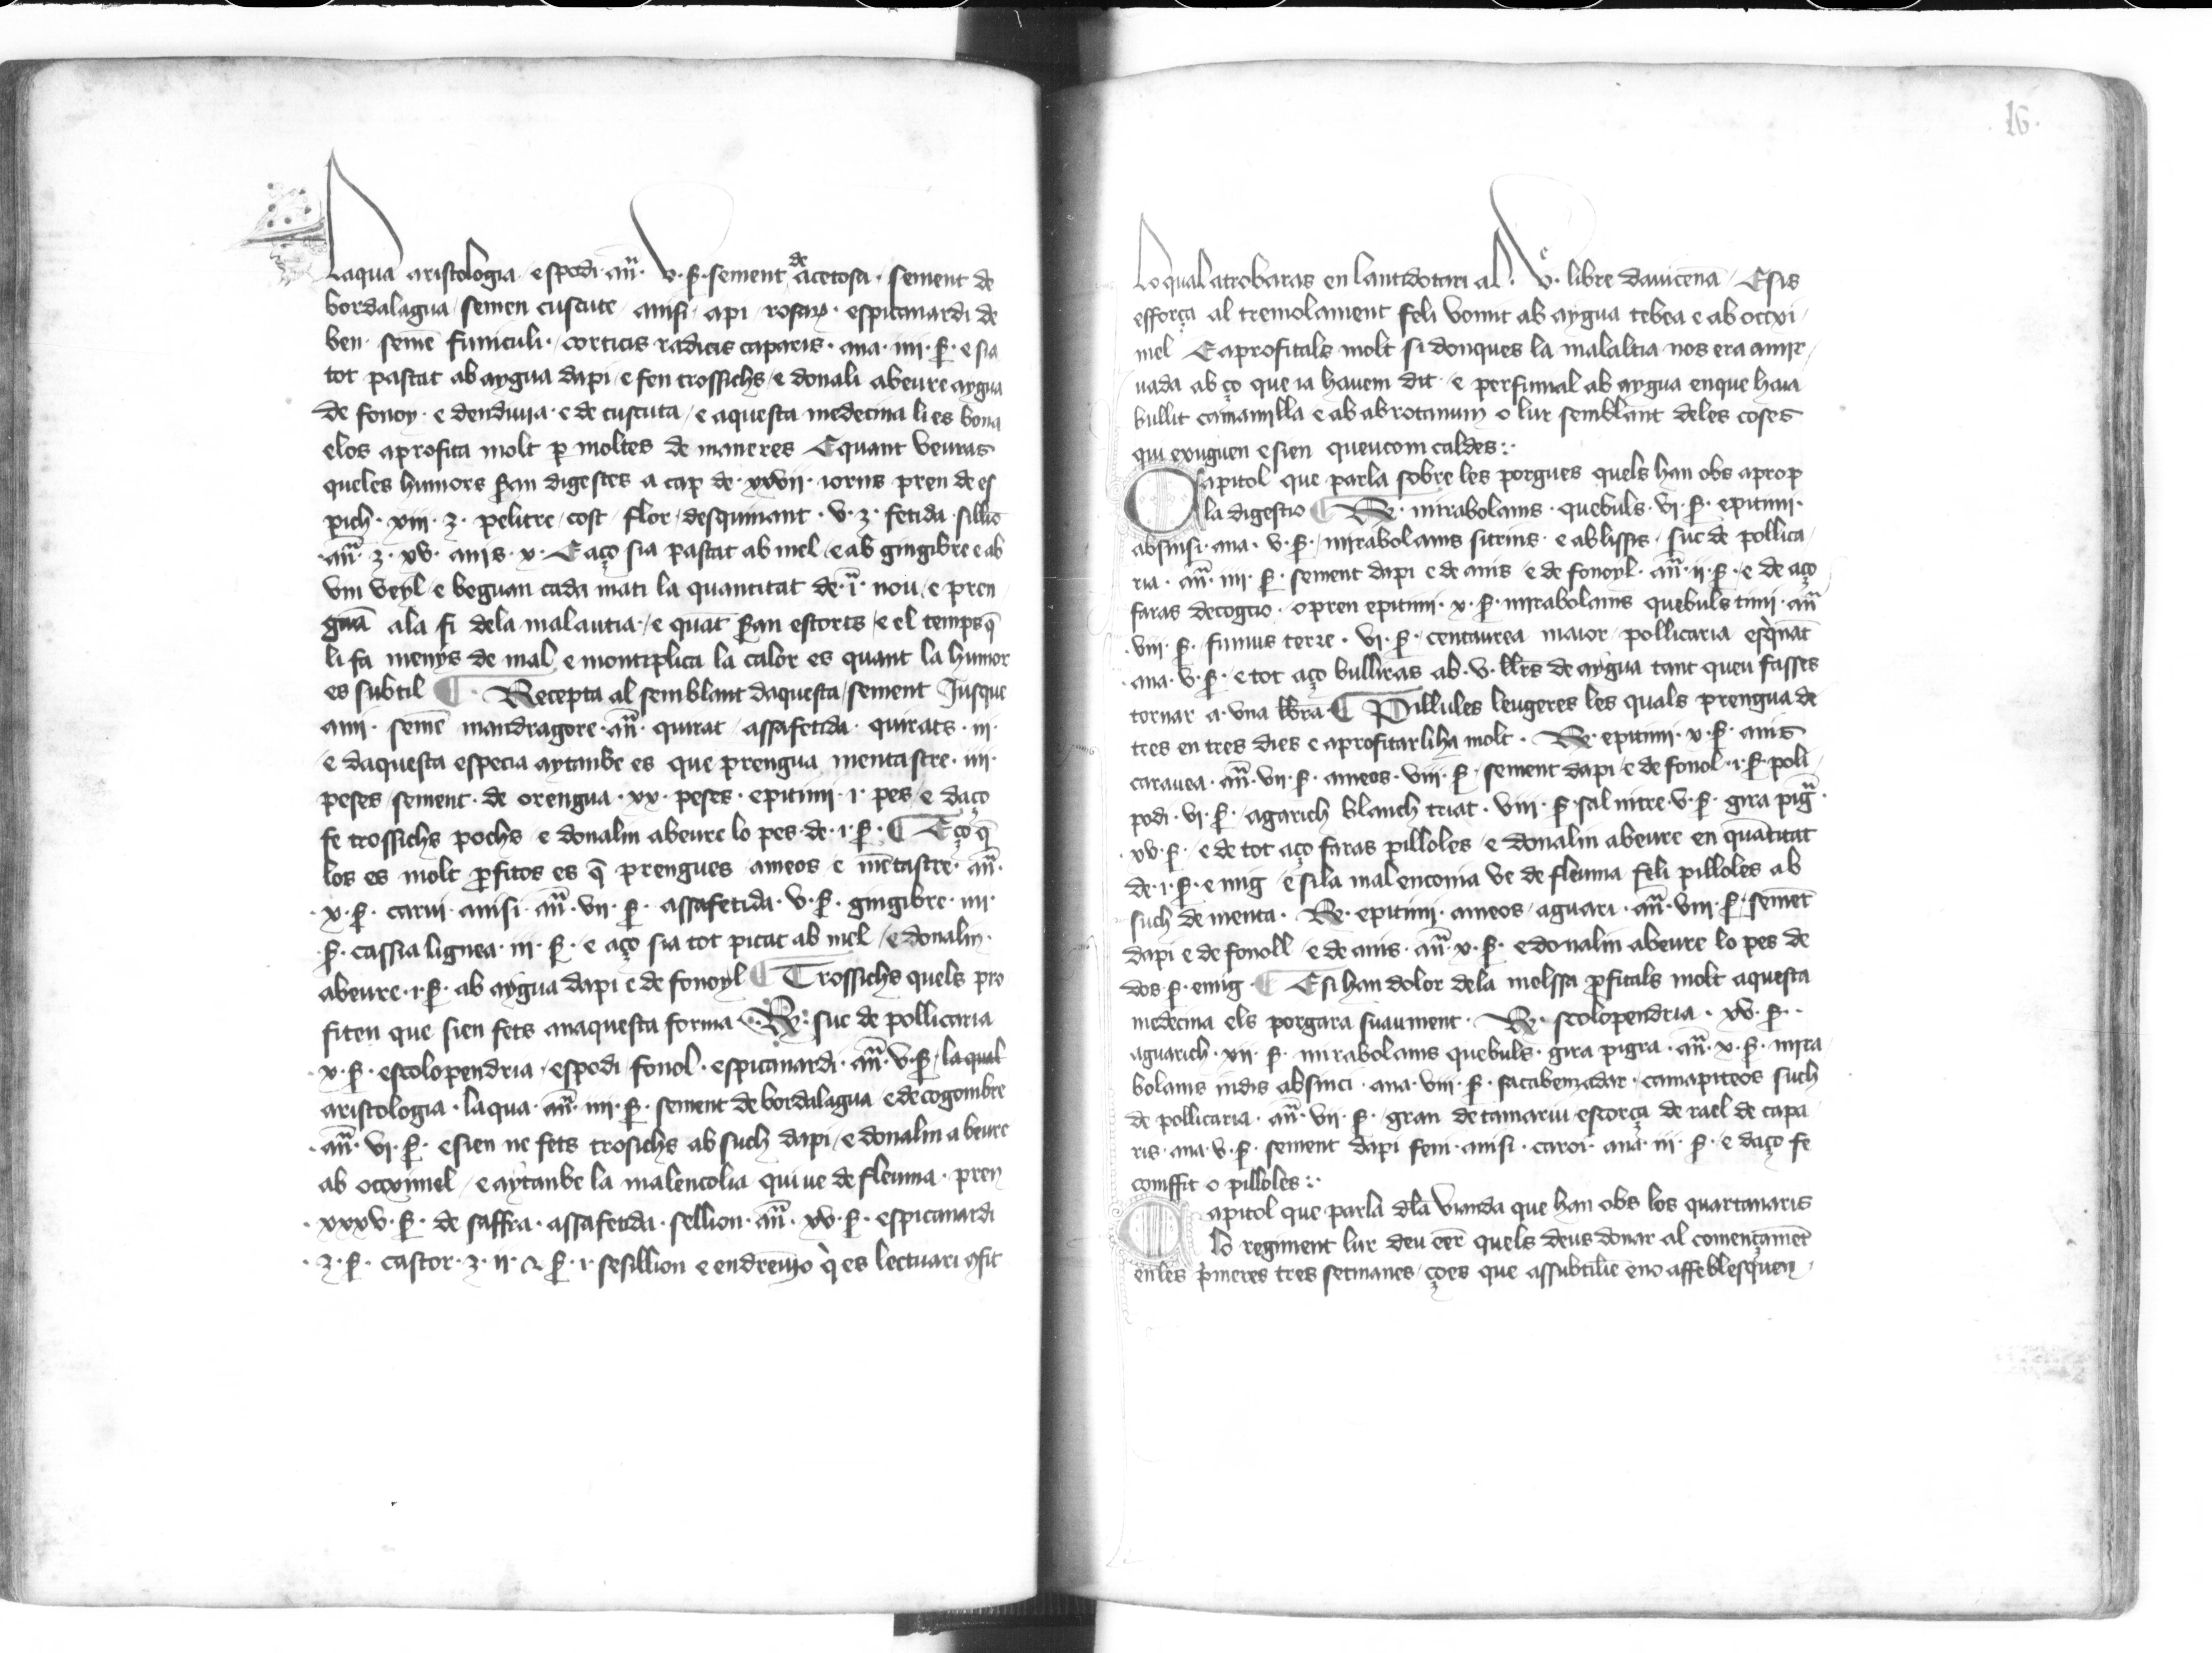
Shelfmark: Paris, BnF, esp. 563
Century: 14